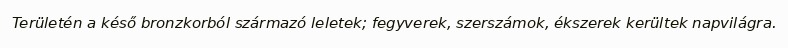
Területén a késő bronzkorból származó leletek; fegyverek, szerszámok, ékszerek kerültek napvilágra.